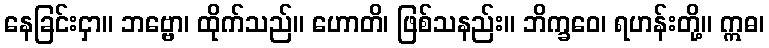
နေခြင်းငှာ။ ဘဗ္ဗော၊ ထိုက်သည်။ ဟောတိ၊ ဖြစ်သနည်း။ ဘိက္ခဝေ၊ ရဟန်းတို့။ ဣဓ၊